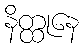
နိတ္ထုနေ